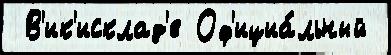
 В'ик'исклад'е Оф'ициа́льный